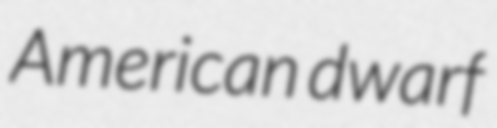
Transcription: American dwarf